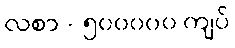
လစာ - ၅၀၀၀၀၀ ကျပ်